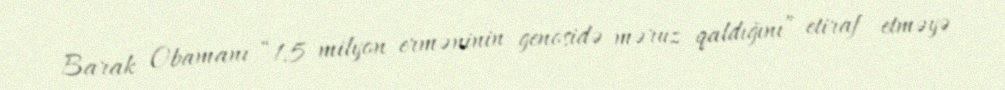
Barak Obamanı “1,5 milyon erməninin genosidə məruz qaldığını” etiraf etməyə